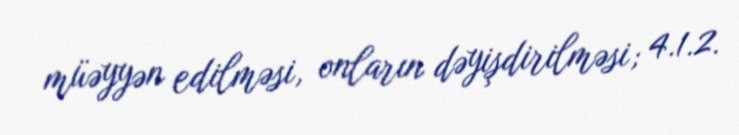
müəyyən edilməsi, onların dəyişdirilməsi; 4.1.2.